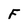
Character: F